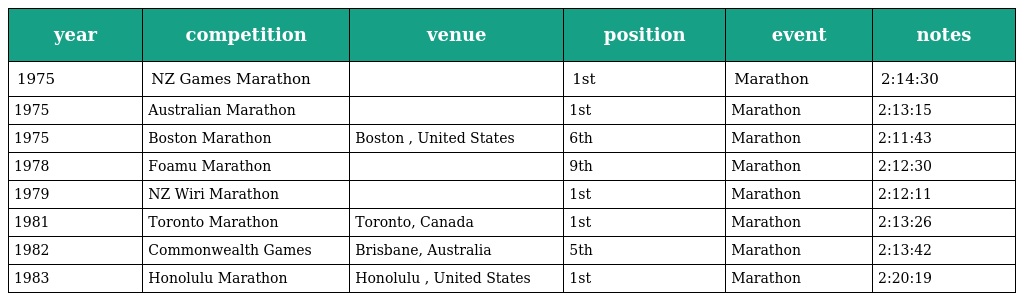
| year | competition | venue | position | event | notes |
 | --- | --- | --- | --- | --- | --- |
 | 1975 | NZ Games Marathon |  | 1st | Marathon | 2:14:30 |
 | 1975 | Australian Marathon |  | 1st | Marathon | 2:13:15 |
 | 1975 | Boston Marathon | Boston , United States | 6th | Marathon | 2:11:43 |
 | 1978 | Foamu Marathon |  | 9th | Marathon | 2:12:30 |
 | 1979 | NZ Wiri Marathon |  | 1st | Marathon | 2:12:11 |
 | 1981 | Toronto Marathon | Toronto, Canada | 1st | Marathon | 2:13:26 |
 | 1982 | Commonwealth Games | Brisbane, Australia | 5th | Marathon | 2:13:42 |
 | 1983 | Honolulu Marathon | Honolulu , United States | 1st | Marathon | 2:20:19 |